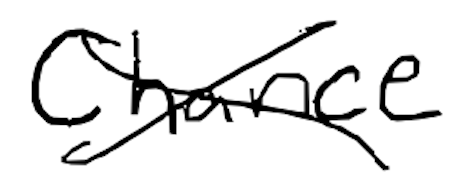
Text: Chance
Cross-out: cross
Writing tool: digital_black